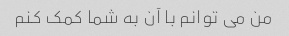
من می توانم با آن به شما کمک کنم